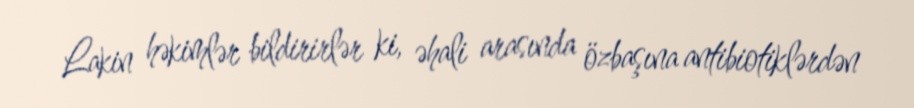
Lakin həkimlər bildirirlər ki, əhali arasında özbaşına antibiotiklərdən